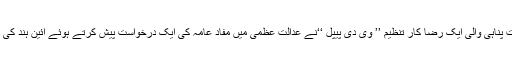
سال 2014ء میں آر ایس ایس کی پشت پناہی والی ایک رضا کار تنظیم ’’ وی دی پیپل ‘‘نے عدالت عظمیٰ میں مفاد عامہ کی ایک درخواست پیش کرتے ہوئے آئین ہند کی دفعہ 35Aکو ختم کرنے کی اپیل کی ۔